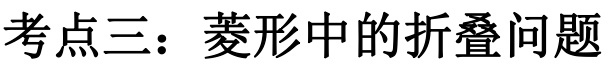
考点三：菱形中的折叠问题